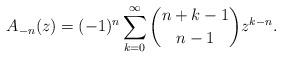
LaTeX: \begin{align*}A_{-n}(z)=(-1)^n\sum_{k=0}^\infty \binom {n+k-1}{n-1}z^{k-n}.\end{align*}